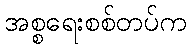
အစ္စရေးစစ်တပ်က